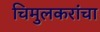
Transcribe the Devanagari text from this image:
चिमुलकरांचा